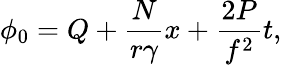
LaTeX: \phi_{0}=Q+\frac{N}{r{\gamma}}x+{\frac{2P}{f^{2}}}t,